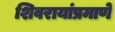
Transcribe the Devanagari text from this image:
शिवरायांप्रमाणे